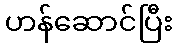
ဟန်ဆောင်ပြီး